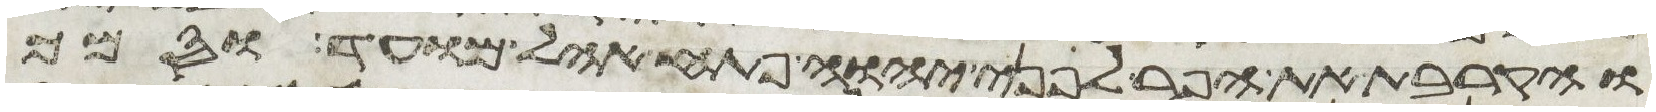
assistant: והקרבת את הפר לפני יהוה פתח אהל מועד וסמך